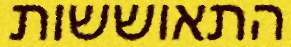
התאוששות